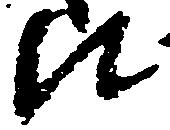
比